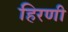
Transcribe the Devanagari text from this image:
हिरणी